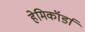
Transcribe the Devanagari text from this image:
हेमिकॉर्डा